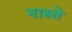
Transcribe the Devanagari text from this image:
नास्‍ते